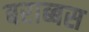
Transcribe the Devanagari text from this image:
बराब्बस